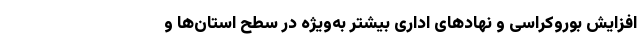
افزایش بوروکراسی و نهادهای اداری بیشتر به‌ویژه در سطح استان‌ها و